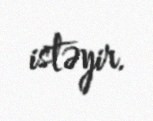
istəyir.